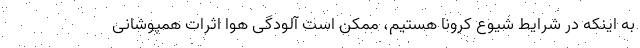
به اینکه در شرایط شیوع کرونا هستیم، ممکن است آلودگی هوا اثرات همپوشانی